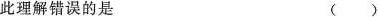
此理解错误的是 （ ）